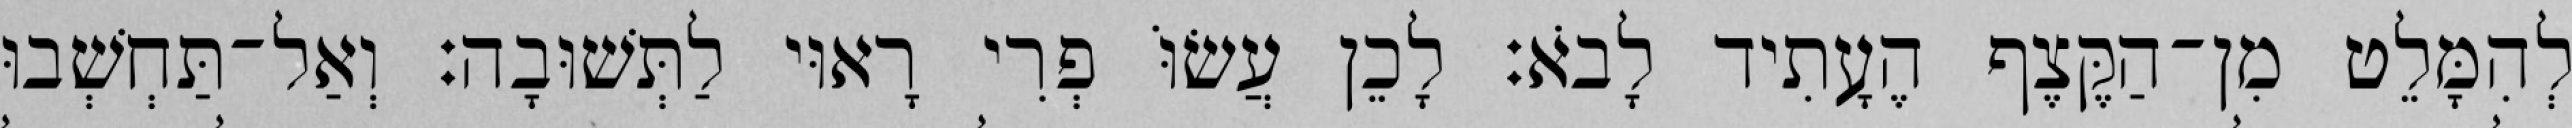
לְהִמָּלֵט מִן־הַקֶּצֶף הֶעָתִיד לָבֹא׃ לָכֵן עֲשׂוֹּ פְרִי רָאוּי לַתְּשׁוּבָה׃ וְאַל־תַּחְשְׁבוּ